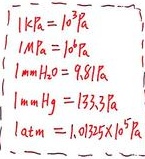
\(1\mathrm{kPa} = 10^{3}\mathrm{Pa}\)
\(1\mathrm{MPa} = 10^{6}\mathrm{Pa}\)
\(1\mathrm{mmH}_{2}\mathrm{O} = 9.81\mathrm{Pa}\)
\(1\mathrm{mmHg} = 133.3\mathrm{Pa}\)
\(1\mathrm{atm} = 1.01325\times 10^{5}\mathrm{Pa}\)